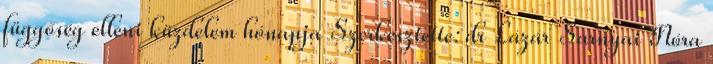
függőség elleni küzdelem hónapja Szerkesztette: dr Lázár Sarnyai Nóra